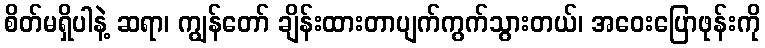
စိတ်မရှိပါနဲ့ ဆရာ၊ ကျွန်တော် ချိန်းထားတာပျက်ကွက်သွားတယ်၊ အဝေးပြောဖုန်းကို